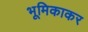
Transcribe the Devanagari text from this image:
भूमिकाकर